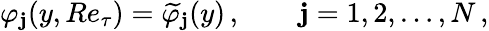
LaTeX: \varphi_{\mathbf{j}}(y,Re_{\tau})=\widetilde{{\varphi}}_{\mathbf{j}}(y)\, ,\qquad\mathbf{j}=1,2,\ldots,N\, ,